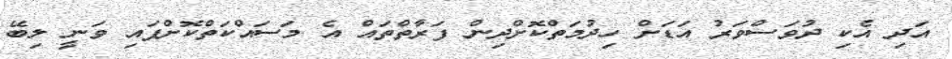
އަދި އެކި ދުވަސްވަރު އަޑަށް ހިދުމަތްކޮށްދިން ފަރާތްތައް އެ މަސައްކަތްކޮށްފައި ވަނީ ލިބޭ